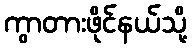
ကွာတားဖိုင်နယ်သို့